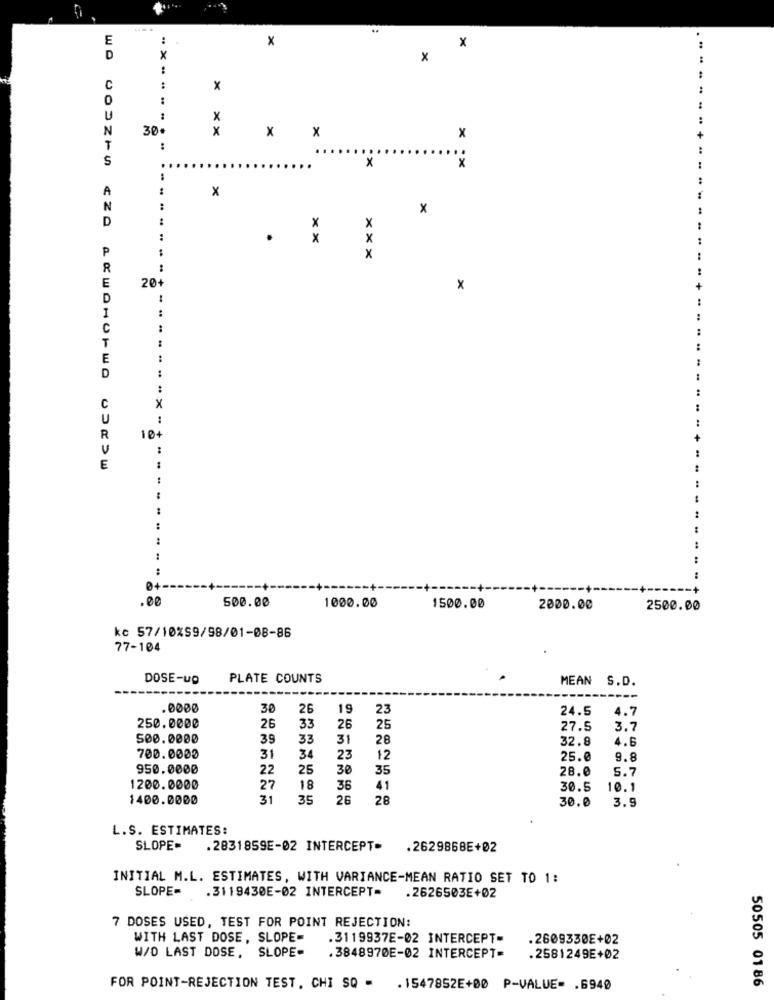
E
:
x
x
D
X
x
:
C
:
x
0
:
U
X
N
30
x
x
X
x
T
:
.....
..
S
×
..
x
A
x
N
x
D
x
X
x
X
P
x
R
E
20+
x
D
:
I
C
:
T
E
..
D
X
C
U
R
10+
U
E
:
:
.00
500.00
1000.00
1500.00
2000.00
2500.00
kc 57/10%S9/98/01-08-86
77-104
DOSE-up
PLATE COUNTS
MEAN S.D.
.0000
30
26
19
23
24.5
4.7
250.0000
26
33
26
25
27.5
3.7
500.0000
39
33
31
28
32.8
4.6
700.0000
31
34
23
12
25.0
9.8
950.0000
22
25
30
35
28.0
5.7
1200.0000
27
18
36
41
30.5
10.1
1400.0000
31
35
26
28
3.9
30.0
L.S. ESTIMATES:
SLOPE=
.2831859E-02 INTERCEPT>
.2629868E+02
INITIAL M.L. ESTIMATES, WITH VARIANCE-MEAN RATIO SET TO 1:
SLOPE-
.3119430E-02 INTERCEPT-
.2626503E+02
7 DOSES USED, TEST FOR POINT REJECTION:
WITH LAST DOSE, SLOPE-
.3119937E-02 INTERCEPT-
.2609330E+02
W/D LAST DOSE, SLOPE-
.3848970E-02 INTERCEPT=
.2581249E+02
50505 01 86
FOR POINT-REJECTION TEST, CHI SQ -
. 1547852E+00 P-VALUE= . 6940